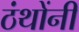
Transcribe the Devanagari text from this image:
ठंथोंनी